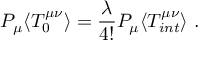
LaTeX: P _ { \mu } \langle T _ { 0 } ^ { \mu \nu } \rangle = \frac { \lambda } { 4 ! } P _ { \mu } \langle T _ { i n t } ^ { \mu \nu } \rangle \ .